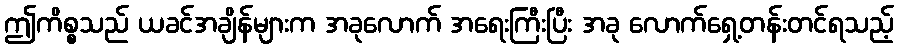
ဤကိစ္စသည် ယခင်အချိန်များက အခုလောက် အရေးကြီးပြီး အခု လောက်ရှေ့တန်းတင်ရသည့်